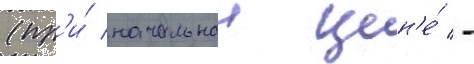
(пр'и́ начальнои цен'е́ -